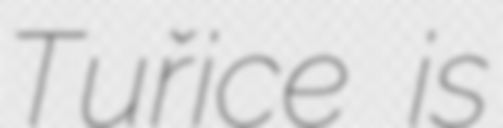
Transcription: Tuřice is